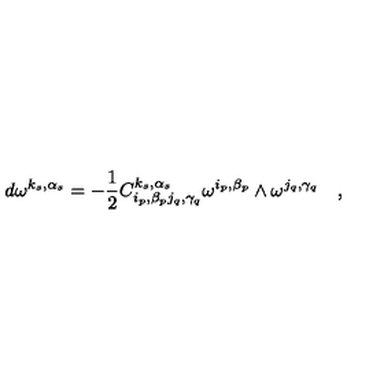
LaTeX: d \omega ^ { k _ { s } , \alpha _ { s } } = - \frac { 1 } { 2 } C _ { i _ { p } , \beta _ { p } j _ { q } , \gamma _ { q } } ^ { k _ { s } , \alpha _ { s } } \omega ^ { i _ { p } , \beta _ { p } } \wedge \omega ^ { j _ { q } , \gamma _ { q } } \quad ,